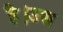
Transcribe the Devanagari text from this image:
है।उच्च